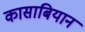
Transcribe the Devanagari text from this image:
कासाबियान